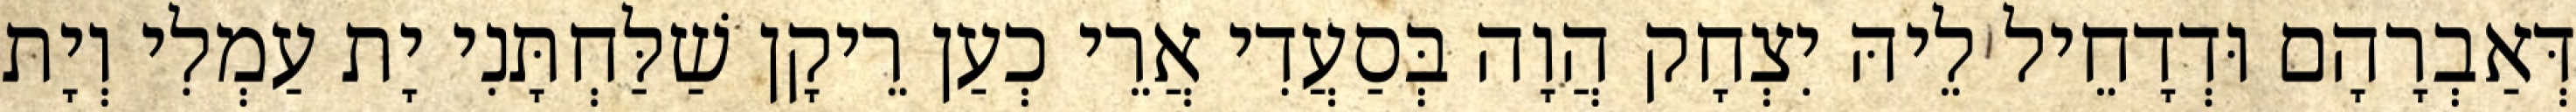
דְּאַבְרָהָם וּדְדָחֵיל לֵיהּ יִצְחָק הֲוָה בְּסַעֲדִי אֲרֵי כְעַן רֵיקָן שַׁלַּחְתָּנִי יָת עַמְלִי וְיָת